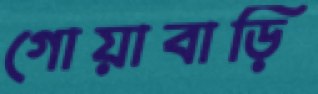
গোয়াবাড়ি